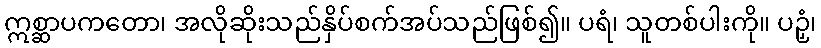
ဣစ္ဆာပကတော၊ အလိုဆိုးသည်နှိပ်စက်အပ်သည်ဖြစ်၍။ ပရံ၊ သူတစ်ပါးကို။ ပဉှံ၊